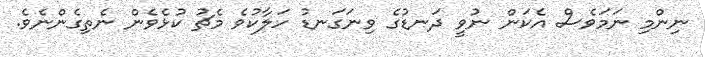
ނިންމި ނަމަވެސް އެކަން ނުވީ ދަނޑުގެ ވިނަގަނޑު ހަލާކުވެ މެޗު ކުޅެވެން ނެތިގެންނެވެ.